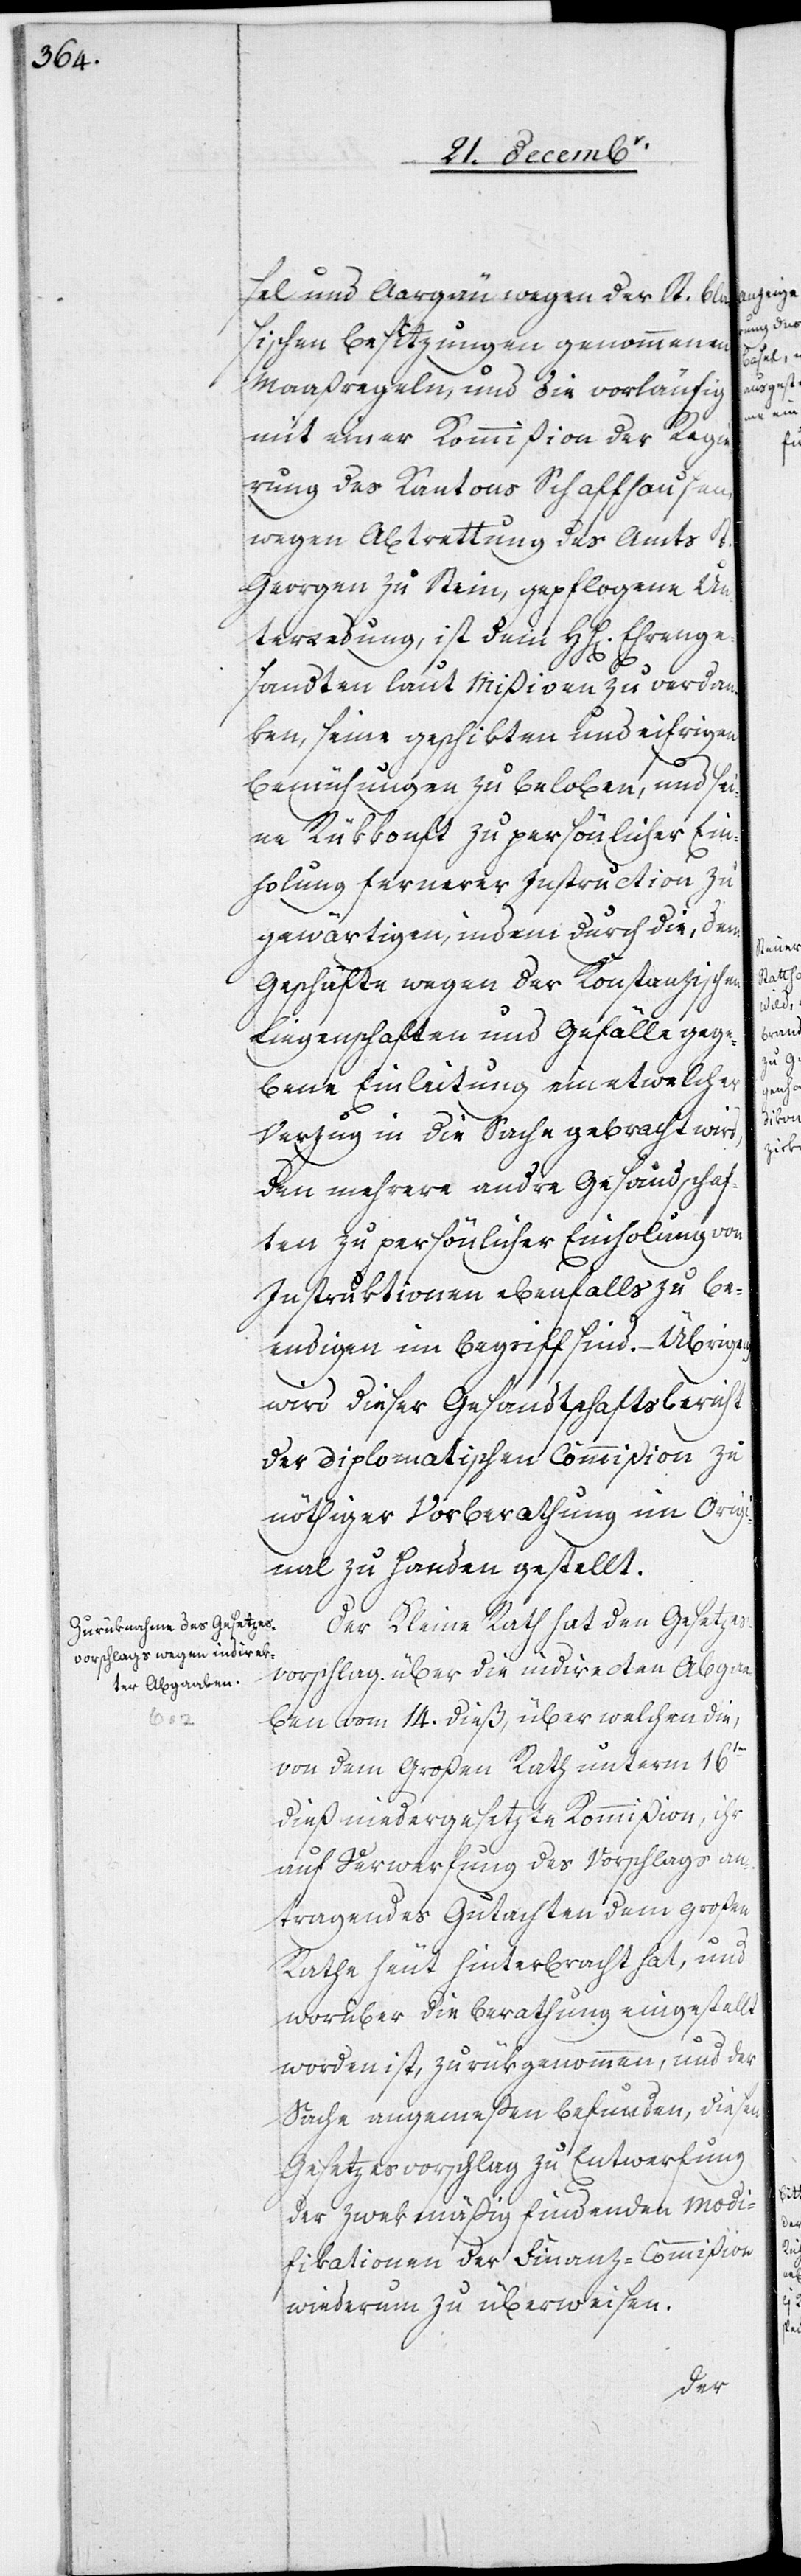
sel und Aargau wegen der St. Bla¬
sischen Besitzungen genommenen
Maaßregeln, und die vorläufig
mit einer Kommißion der Regie¬
rung des Kantons Schaffhausen,
wegen Abtrettung des Amts St.
Georgen zu Stein, gepflogene Un¬
terredung, ist dem HH[errn] Ehrenge¬
sandten laut Mißiven zu verdan¬
ken, seine geschikten und eifrigen
Bemühungen zu beloben, und sei¬
ne Rükkonft zu persönlicher Ein¬
holung fernerer Instruction zu
gewärtigen, indem durch die, dem
Geschäfte wegen der Konstanzischen
Liegenschafen und Gefälle gege¬
bene Einleitung ein etwelcher
Verzug in die Sache gebracht wird,
den mehrere andre Gesandschaf¬
ten zu persönlicher Einholung von
Instruktionen ebenfalls zu be¬
endigen im Begriff sind. – Übrigens
wird dieser Gesandtschaftsbericht
der Diplomatischen Commißion zu
nöthiger Vorberathung im Orig¬
inal zu Handen gestellt.
Der Kleine Rath hat den Gesetzes¬
vorschlag über die indirecten Abgaa¬
ben vom 14. dieß, über welchen die,
von dem Großen Rath unterm 16ten
dieß niedergesetzte Kommißion, ihr
auf Verwerfung des Vorschlags an¬
tragendes Gutachten dem großen
Rathe heut hinterbracht hat, und
worüber die Berathung eingestellt
worden ist, zurükgenommen, und der
Sache angemeßen befunden, diesen
Gesetzesvorschlag zu Entwerfung
der zwekmäßig findenden Modi¬
fikationen der Finanz-Commißion
wiederum zu überweisen.